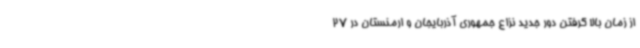
از زمان بالا گرفتن دور جدید نزاع جمهوری آذربایجان و ارمنستان در 27